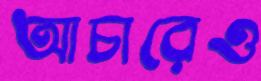
আচারেও